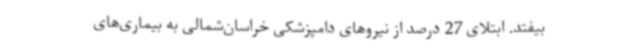
بیفتد. ابتلای 27 درصد از نیروهای دامپزشکی خراسان‌شمالی به بیماری‌های